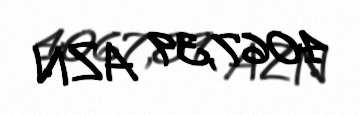
4067,39 AZN